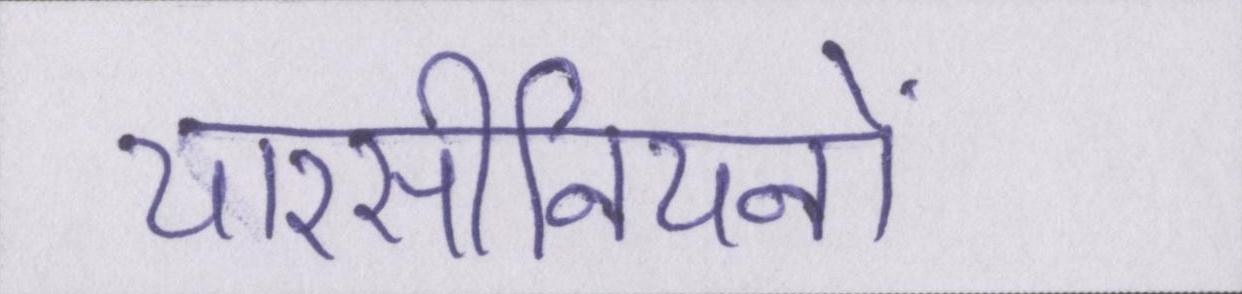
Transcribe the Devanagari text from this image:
यारसीनियनों